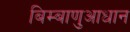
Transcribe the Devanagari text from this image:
बिम्बाणुआधान